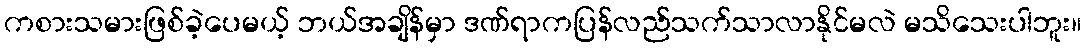
ကစားသမားဖြစ်ခဲ့ပေမယ့် ဘယ်အချိန်မှာ ဒဏ်ရာကပြန်လည်သက်သာလာနိုင်မလဲ မသိသေးပါဘူး။